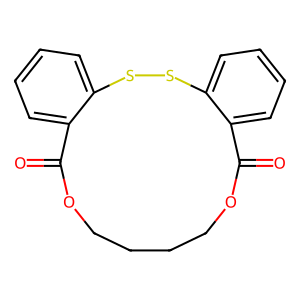
SMILES: O=C1OCCCCOC(=O)c2ccccc2SSc2ccccc21
Inhibits HIV replication: No